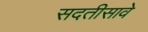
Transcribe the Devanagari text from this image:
सदतीसावे